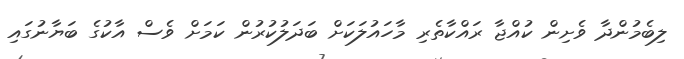
ލިބެމުންދާ ވެށިން ކުއްޖާ ރައްކާތެރި މާހައުލަކަށް ބަދަލުކުރުން ކަމަށް ވެސް އާކުގެ ބަޔާނުގައި